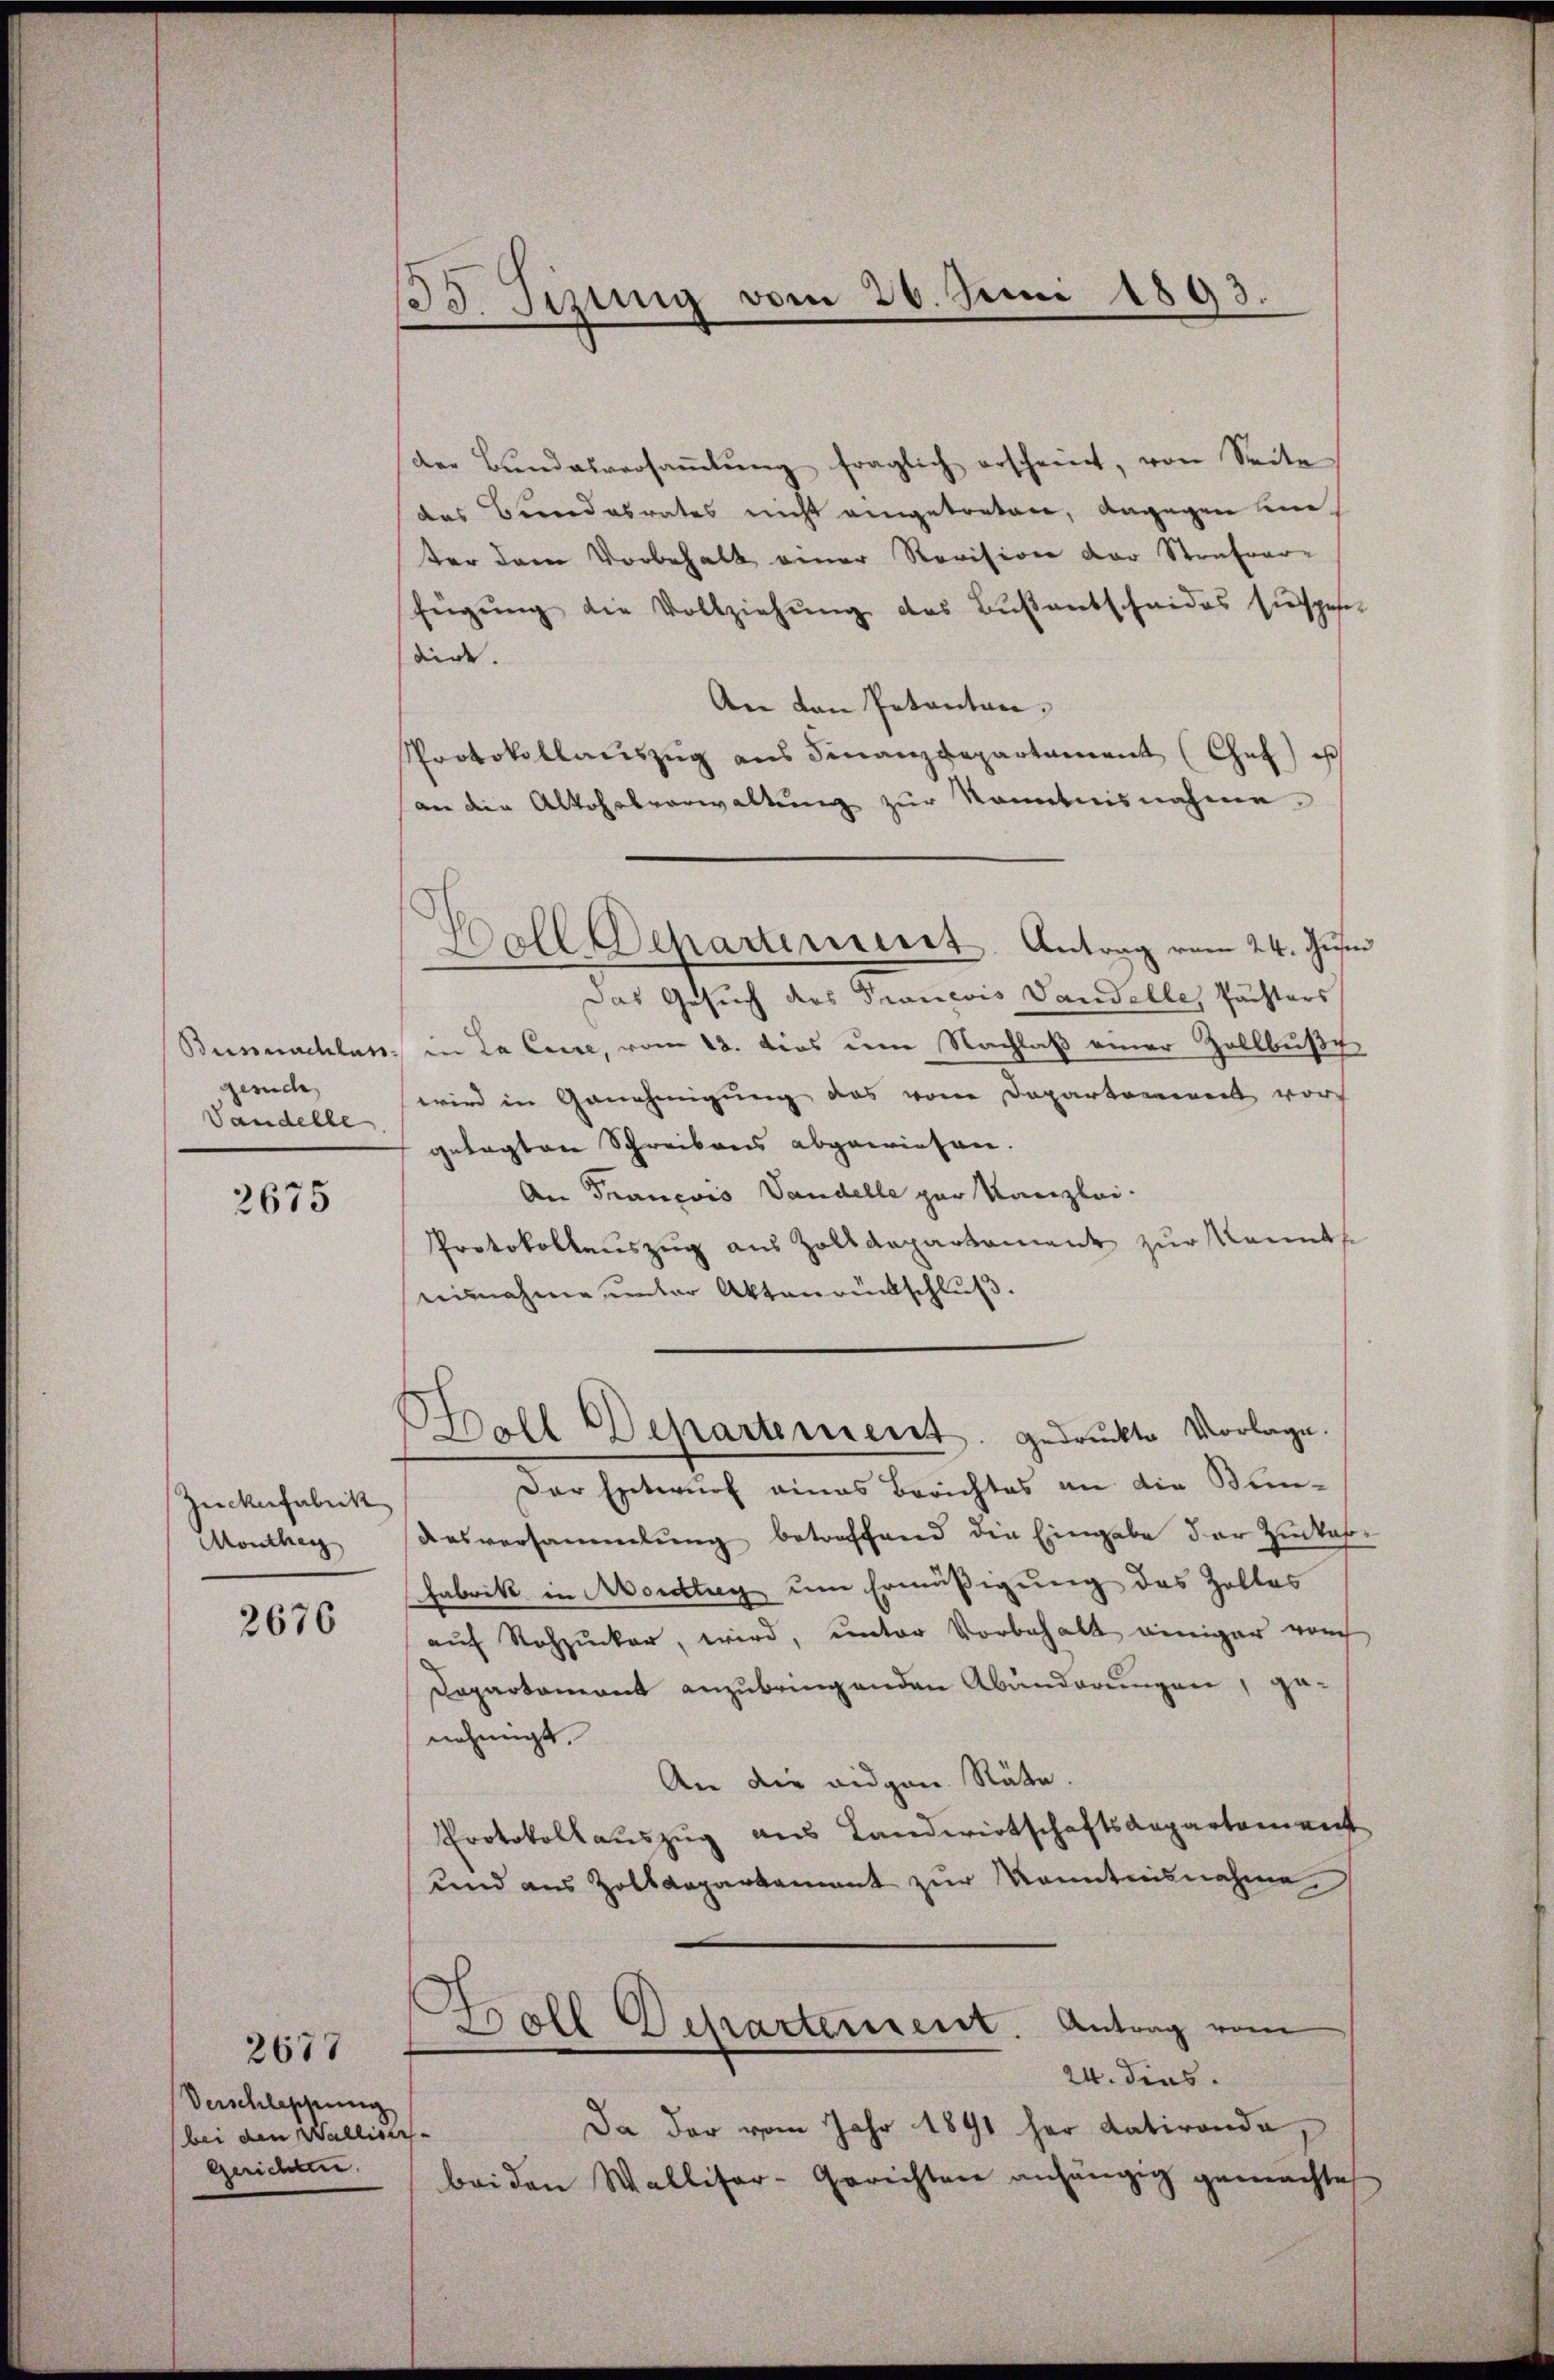
gesuche,
Vandelle

2675

Zuckerfabrik
Monthey

2676

Verschleppung
bei den Walliser-
gerichten.

2677

33. Fizung vom 26. Juni 1893.

der Bŭndesversaṁlŭng fraglich erscheint, von Seite
das Cerndesrates nicht eingetreten, dagegen lieter dem Vorbehalt einer Revision der Strafver-
fügŭng die Vollziehŭng des Bŭβantscheides sie spesen
dirt.
An den Petenten,
Protokollauszug aus Finanzdepartament Chef ist
an die Altohelverwaltŭng zŭr Kenntnisnahme.
Das Gesuch des Trancois Landelle, Pächters
Bunnachlass in La Cere, vom 12. dies um Nachlaß einer Zollbuße
wird in Genehmigung das vom Departement wor
gelegten Schreibens abgewiesen.
An Francois Vandelle par Kanzlei-
Protokollauszug aus Zolldepartament zur kanntse
einnahme unter Aktenrückschluß.
Hall Departement. gedruckte Vorlage.
Der Entwurf eines Berichtes an die Bun¬
Aasversammlung betreffend die Eingabe der Zinkas-
Fabrik in Mordtag um Ermäßigung des Zolles
aŭf Rohzucker, wird, unter Vorbehalt einiger von
Departement anzubringenden Abänderungen, genehmigt.
An die eidgen. Räte.
Protokollauszug aus Landwirtschaftsaepartement
und aus Zolldeparkament zur Kenntnisnahme
e
Boll Departement. Antrag vom
24. dies.
Da der vom Jahr 1891 her datirende,
beiden Walliser-Gerichten anhängig gemachtes

Hall Departement. Antrag vom 24. Jus